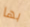
بها